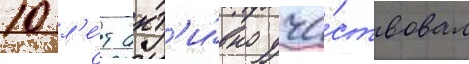
10 л'е́т акт'и́вно уча́ствовал